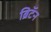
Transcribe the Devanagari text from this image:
ब्रिटॅन